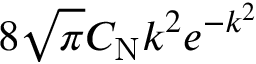
8 \sqrt { \pi } C _ { \mathrm { N } } k ^ { 2 } e ^ { - k ^ { 2 } }